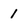
Character: 1